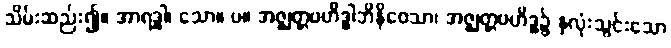
သိမ်းဆည်း၍။ အာရဒ္ဓါ၊ သော။ ပ။ အဇ္ဈတ္တဗဟိဒ္ဓါဘိနိဝေသာ၊ အဇ္ဈတ္တဗဟိဒ္ဓ၌ နှလုံးသွင်းသော